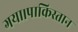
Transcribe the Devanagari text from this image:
गया।पाकिस्तान